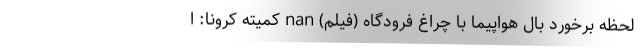
لحظه برخورد بال هواپیما با چراغ فرودگاه (فیلم) nan کمیته کرونا: ا